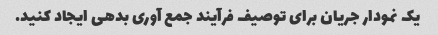
یک نمودار جریان برای توصیف فرآیند جمع آوری بدهی ایجاد کنید.